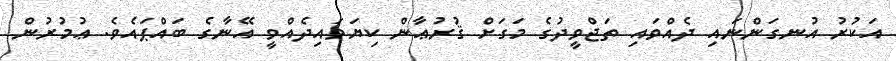
އަކުރު އުނގަންނައި ދެއްވައި ތަޖްވީދުގެ މަގަށް ޤުރުޢާން ކިޔަވައިދެއްވީ އޭނާގެ ބައްޕައެވެ. ޢުމުރުން